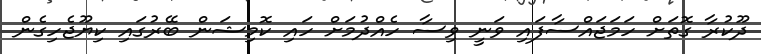
ދޫކުރާ ގޮތަށް ހަމަޖައްސާފައި ވަނީ ވިސާ ހެއްދުމަށް ހައި ކޮމިޝަން ބޭރުގައި ކިޔޫޖެހިގެން